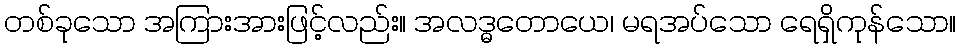
တစ်ခုသော အကြားအားဖြင့်လည်း။ အလဒ္ဓတောယေ၊ မရအပ်သော ရေရှိကုန်သော။